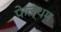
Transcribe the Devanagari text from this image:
फेल्थम